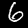
Label: 6